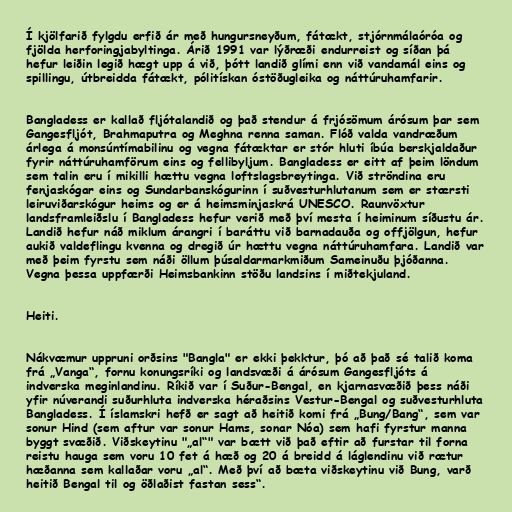
Í kjölfarið fylgdu erfið ár með hungursneyðum, fátækt, stjórnmálaóróa og
fjölda herforingjabyltinga. Árið 1991 var lýðræði endurreist og síðan þá
hefur leiðin legið hægt upp á við, þótt landið glími enn við vandamál eins og
spillingu, útbreidda fátækt, pólitískan óstöðugleika og náttúruhamfarir.

Bangladess er kallað fljótalandið og það stendur á frjósömum árósum þar sem
Gangesfljót, Brahmaputra og Meghna renna saman. Flóð valda vandræðum
árlega á monsúntímabilinu og vegna fátæktar er stór hluti íbúa berskjaldaður
fyrir náttúruhamförum eins og fellibyljum. Bangladess er eitt af þeim löndum
sem talin eru í mikilli hættu vegna loftslagsbreytinga. Við ströndina eru
fenjaskógar eins og Sundarbanskógurinn í suðvesturhlutanum sem er stærsti
leiruviðarskógur heims og er á heimsminjaskrá UNESCO. Raunvöxtur
landsframleiðslu í Bangladess hefur verið með því mesta í heiminum síðustu ár.
Landið hefur náð miklum árangri í baráttu við barnadauða og offjölgun, hefur
aukið valdeflingu kvenna og dregið úr hættu vegna náttúruhamfara. Landið var
með þeim fyrstu sem náði öllum þúsaldarmarkmiðum Sameinuðu þjóðanna.
Vegna þessa uppfærði Heimsbankinn stöðu landsins í miðtekjuland.

Heiti.

Nákvæmur uppruni orðsins "Bangla" er ekki þekktur, þó að það sé talið koma
frá „Vanga“, fornu konungsríki og landsvæði á árósum Gangesfljóts á
indverska meginlandinu. Ríkið var í Suður-Bengal, en kjarnasvæðið þess náði
yfir núverandi suðurhluta indverska héraðsins Vestur-Bengal og suðvesturhluta
Bangladess. Í íslamskri hefð er sagt að heitið komi frá „Bung/Bang“, sem var
sonur Hind (sem aftur var sonur Hams, sonar Nóa) sem hafi fyrstur manna
byggt svæðið. Viðskeytinu "„al“" var bætt við það eftir að furstar til forna
reistu hauga sem voru 10 fet á hæð og 20 á breidd á láglendinu við rætur
hæðanna sem kallaðar voru „al“. Með því að bæta viðskeytinu við Bung, varð
heitið Bengal til og öðlaðist fastan sess“.